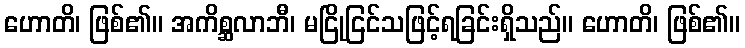
ဟောတိ၊ ဖြစ်၏။ အကိစ္ဆလာဘီ၊ မငြိုငြင်သဖြင့်ရခြင်းရှိသည်။ ဟောတိ၊ ဖြစ်၏။